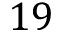
1 9